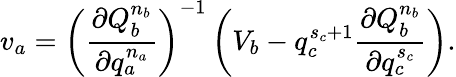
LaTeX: v_{a}=\left(\frac{\partial Q_{b}^{n_{b}}}{\partial q_{a}^{n_{a}}}\right)^{-1}\left(V_{b}-q_{c}^{s_{c}+1}\frac{\partial Q_{b}^{n_{b}}}{\partial q_{c}^{s_{c}}}\right).